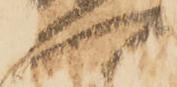
一